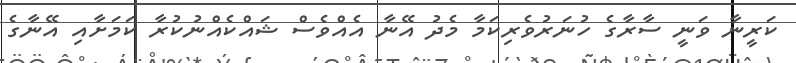
ކަރީނާ ވަނީ ސާރާގެ ހުނަރުވެރިކަމާ މެދު އޭނާ އެއްވެސް ޝައްކެއްނުކުރާ ކަމަށާއި އޭނާގެ